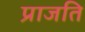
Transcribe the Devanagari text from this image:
प्राजति